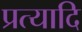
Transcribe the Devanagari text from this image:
प्रत्यादि